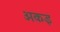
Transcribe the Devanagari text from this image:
अकइ